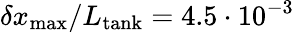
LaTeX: \delta x_{\mathrm{max}}/L_{\mathrm{tank}}=4.5\cdot 10^{-3}